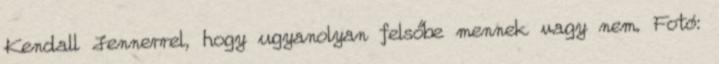
Kendall Jennerrel, hogy ugyanolyan felsőbe mennek vagy nem. Fotó: